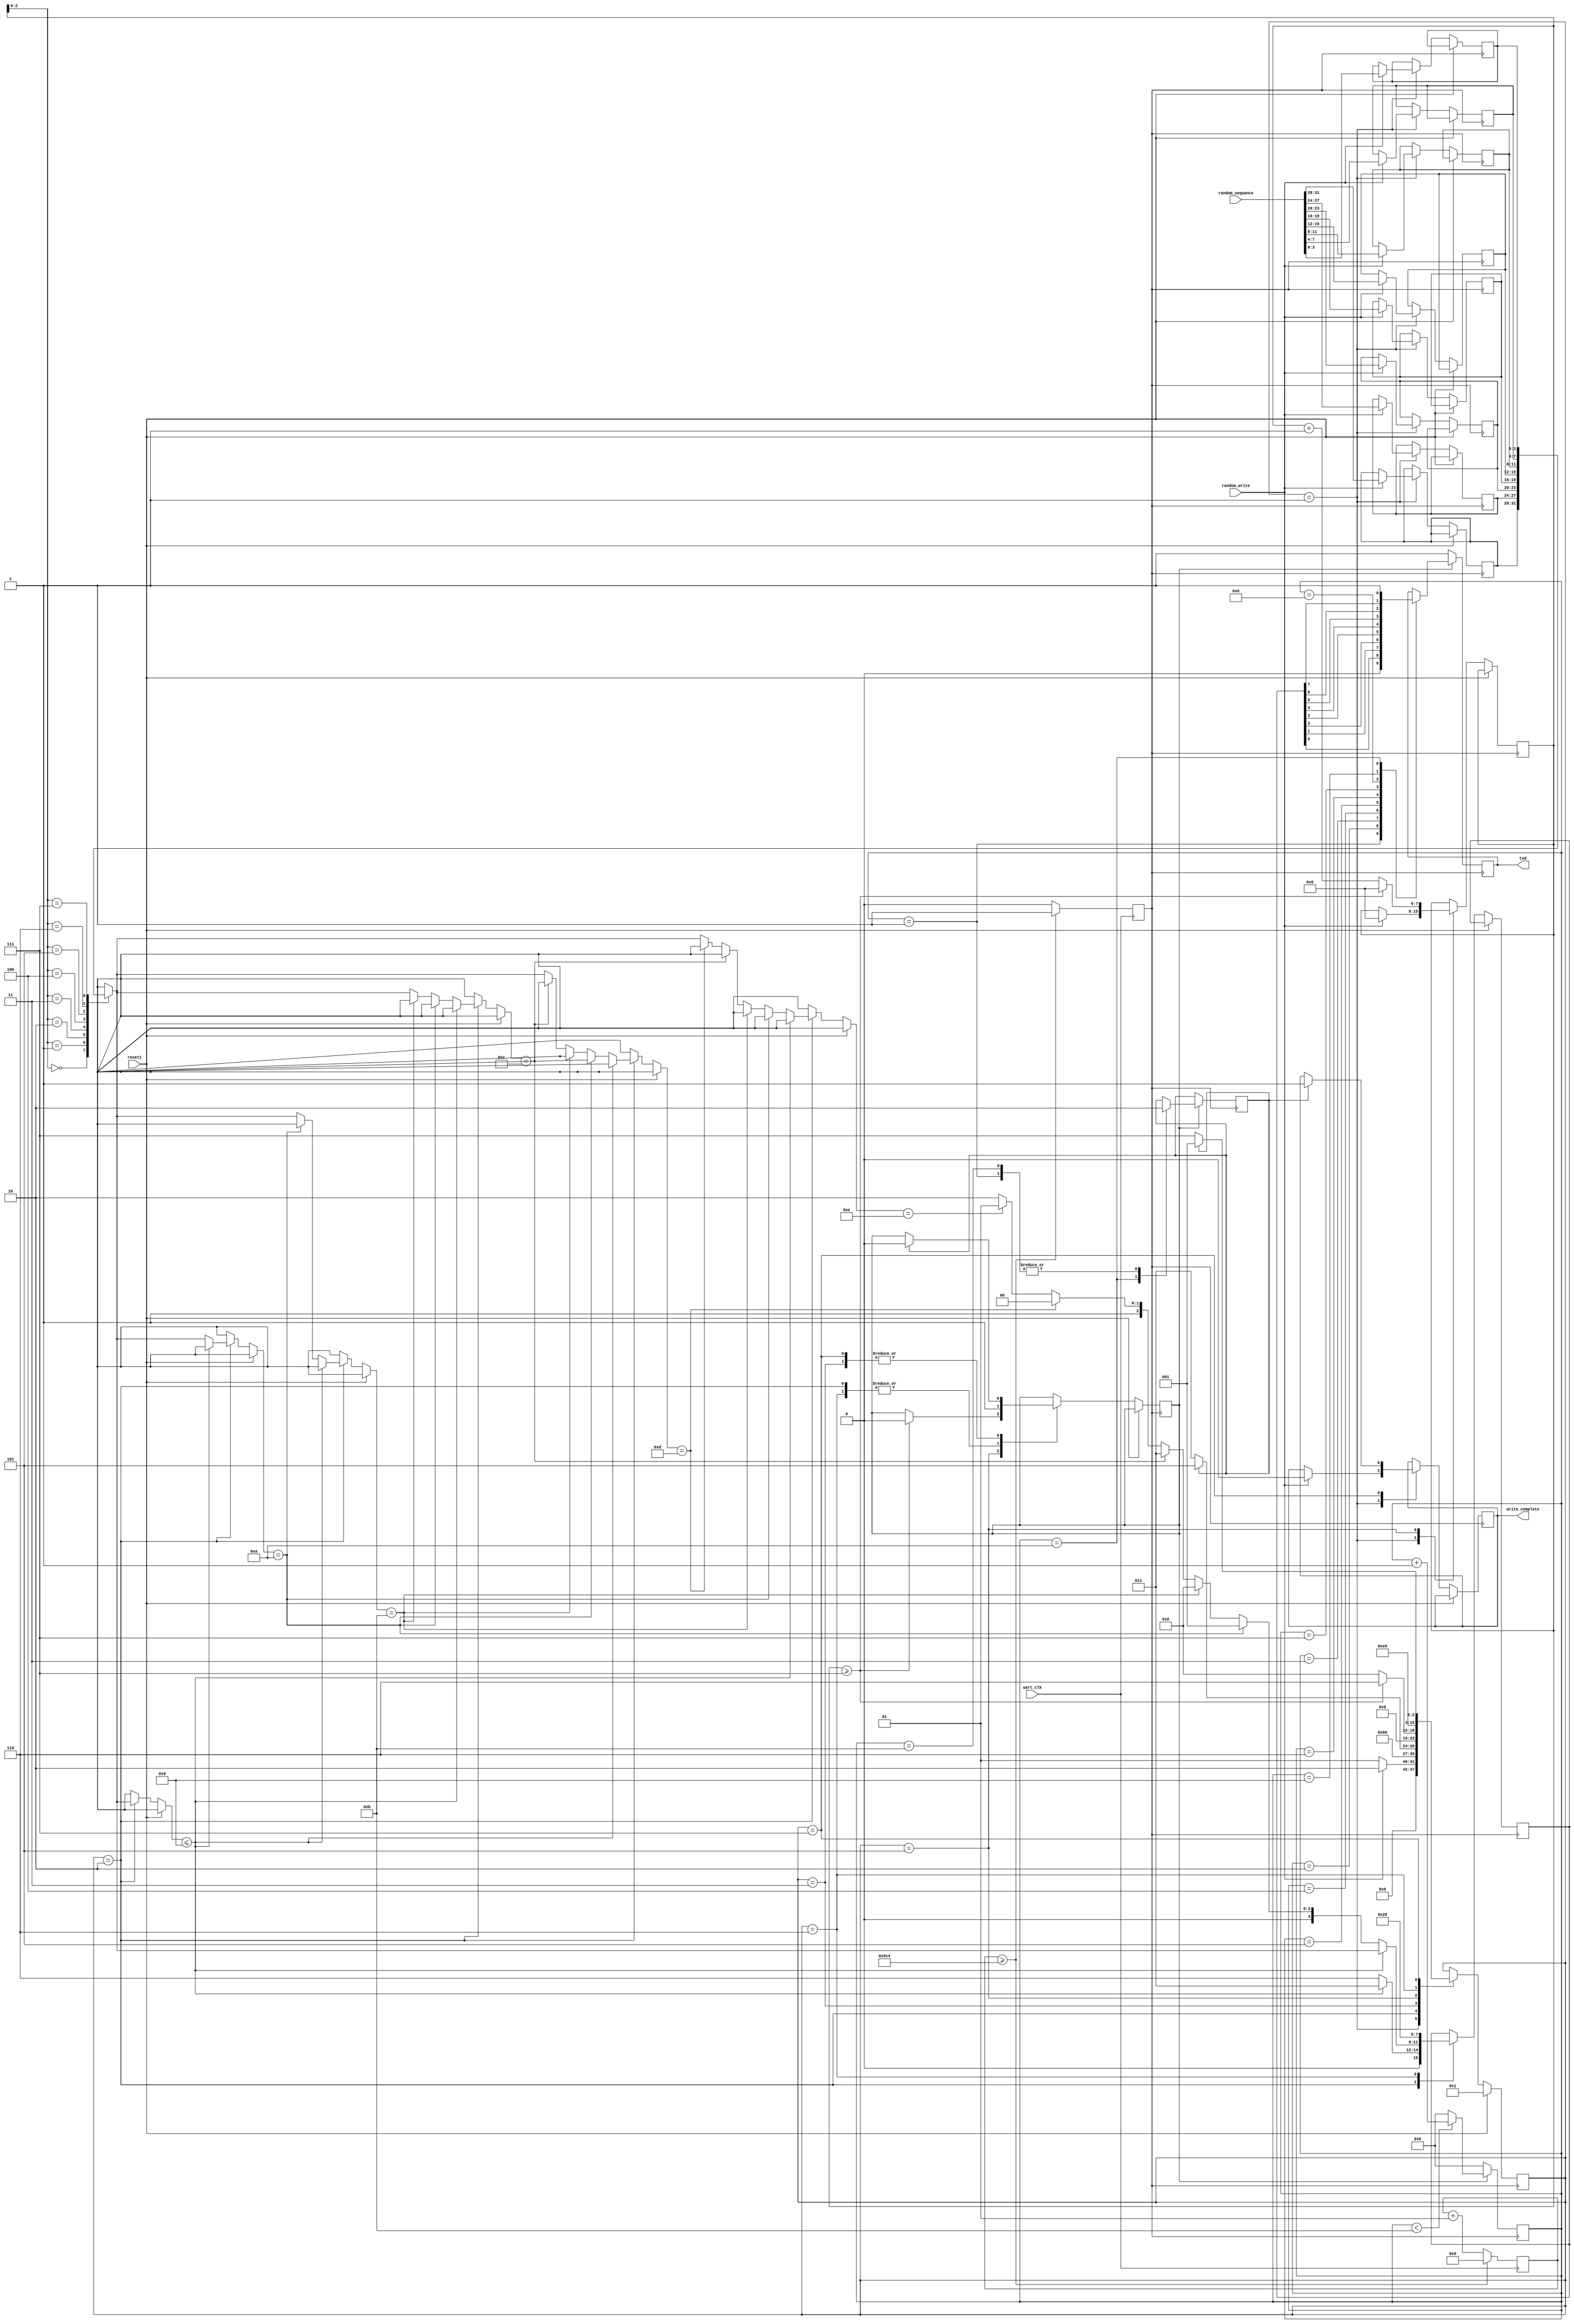
module uart_core(uart_clk,reset1,txd,random_write,write_complete,random_sequance);
input uart_clk,reset1,random_write;
input [31:0] random_sequance;
output reg txd,write_complete;
reg div_clk;
reg [3:0] a[7:0];
reg [7:0] uart_reg,state,random_count;
 reg [3:0] count;
integer baud_clk;
reg send,trans_done;
parameter wait_st=1,uart_trans=2,uart_done=3,total_transfer=5,next_line=6,uart_trans1=7;

//..................................... baudrate generator

always@(posedge uart_clk)
begin
if(baud_clk>=24000000/9600)
begin
baud_clk=0;
div_clk=1'b1;
end
else
begin
div_clk=1'b0;
baud_clk=baud_clk+1;
end
end

//..........................................adc data read and conversion

always@(posedge div_clk)
	begin
	if(reset1)
	   begin
		state=wait_st;
		end
     else
	  begin
		  case(state)
wait_st:if(random_write)
			begin
			
			a[7][3:0]=random_sequance[3:0];
			a[6][3:0]=random_sequance[7:4];
			a[5][3:0]=random_sequance[11:8];
			a[4][3:0]=random_sequance[15:12];
			a[3][3:0]=random_sequance[19:16];
			a[2][3:0]=random_sequance[23:20];
			a[1][3:0]=random_sequance[27:24];
			a[0][3:0]=random_sequance[31:28];
		    write_complete=1'b0;
			random_count=0;
			state=uart_trans;
			end
		  else 
			begin
			state=wait_st;
			end
uart_trans:begin
			if(a[random_count]<=9)
			 begin
			 uart_reg[7:4]=4'b0011;
			 uart_reg[3:0]=a[random_count];
			 send=1'b1;
			 state=uart_done;                     
        	 end
			 else if (a[random_count]==4'ha)
			 begin
			 uart_reg[7:4]=4'b0110;
			 uart_reg[3:0]=1; 							
		     send=1'b1;
			 state=uart_done;                     
       	     end
       	     else if (a[random_count]==4'hb)
			 begin
			 uart_reg[7:4]=4'b0110;
			 uart_reg[3:0]=2; 							
		     send=1'b1;
			 state=uart_done;                     
       	     end
       	     else if (a[random_count]==4'hc)
			 begin
			 uart_reg[7:4]=4'b0110;
			 uart_reg[3:0]=3; 							
		     send=1'b1;
			 state=uart_done;                     
       	     end
       	     else if (a[random_count]==4'hd)
			 begin
			 uart_reg[7:4]=4'b0110;
			 uart_reg[3:0]=4; 							
		     send=1'b1;
			 state=uart_done;                     
       	     end
       	     else if (a[random_count]==4'he)
			 begin
			 uart_reg[7:4]=4'b0110;
			 uart_reg[3:0]=5; 							
		     send=1'b1;
			 state=uart_done;                     
       	     end
       	     else 
       	     begin
			 uart_reg[7:4]=4'b0110;
			 uart_reg[3:0]=6; 							
		     send=1'b1;
			 state=uart_done;                     
       	     end
       	     end
       	            	     			       
uart_done:begin
			  if(trans_done)  
			  begin
              send=1'b0;
			  state=total_transfer;
           end
           else
           state=uart_done;
           end
total_transfer:begin
	       if(random_count>=7)
		   begin
		   random_count=0;
       	   send=1'b0;
       	   state=next_line;
			end
	 else
		  begin
			 random_count=random_count+1;
			 state=uart_trans;
			 end
			 end
			 
next_line:begin
			 uart_reg[7:0]=8'h20;
			 send=1'b1;
			 state=uart_trans1;
			 end
uart_trans1:begin
			if(trans_done)  
			begin
              send=1'b0;
              write_complete=1'b1;			 
		      state=wait_st;
           end
           else
           state=uart_trans1;
           end			 
       	     
			 
          endcase
				end
				end
			
always@(posedge div_clk)
begin
if(send)
begin
if(count<11)
count=count+1;
else
count=0;
end
else
count=0;
end


// bitwise transmision block

always@(posedge div_clk)
begin
if(send)
begin
case(count)
			   1:begin
				  trans_done=1'b0;
				  txd<=1'b0;
				  end
				2:txd<=uart_reg[0];
				3:txd<=uart_reg[1];
				4:txd<=uart_reg[2];
				5:txd<=uart_reg[3];
				6:txd<=uart_reg[4];
				7:txd<=uart_reg[5];
				8:txd<=uart_reg[6];
				9:txd<=uart_reg[7];
			    10:begin					
					txd<=1'b1;
					trans_done=1'b1;					
					end 
				11:trans_done=1'b0;     
                endcase
                end
else
                txd=1'b1;
                end
                
                
endmodule